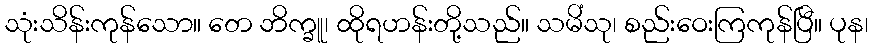
သုံးသိန်းကုန်သော။ တေ ဘိက္ခူ၊ ထိုရဟန်းတို့သည်။ သမိံသု၊ စည်းဝေးကြကုန်ပြီ။ ပုန၊